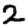
Digit: 2